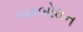
બરબોધન